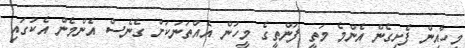
މީހާއިން ފެށިގެން އެންމެ މަތީ ފަންތީގެ މީހުން އެއްތަނަކަށް ގެނެސް އެންމެން އެކުގައި